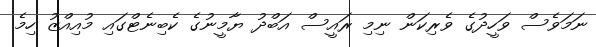
ނަމަވެސް ވަހީދުގެ ވެރިކަން ނިމި ރައީސް އަބްދު ޔާމީނުގެ ކެބިނެޓްގައި މުއިއްޒު ހިމެ